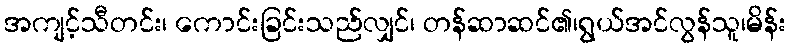
အကျင့်သီတင်း၊ ကောင်းခြင်းသည်လျှင်၊ တန်ဆာဆင်၏၊ရွယ်အင်လွန်သူ၊မိန်း